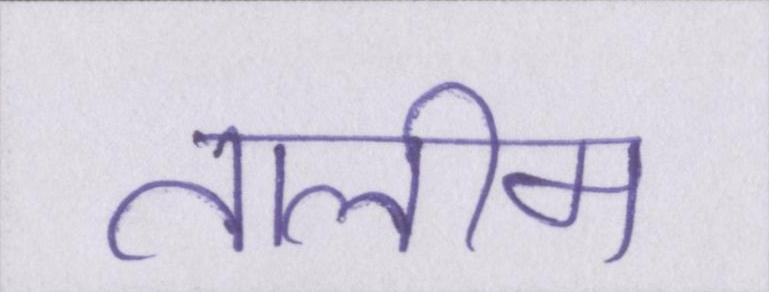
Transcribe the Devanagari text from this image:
तालीम